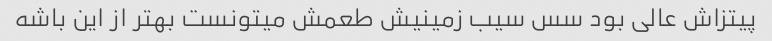
پیتزاش عالی بود سس سیب زمینیش طعمش میتونست بهتر از این باشه